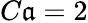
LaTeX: C\mathfrak{a}=2